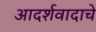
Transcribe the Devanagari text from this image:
आदर्शवादाचे